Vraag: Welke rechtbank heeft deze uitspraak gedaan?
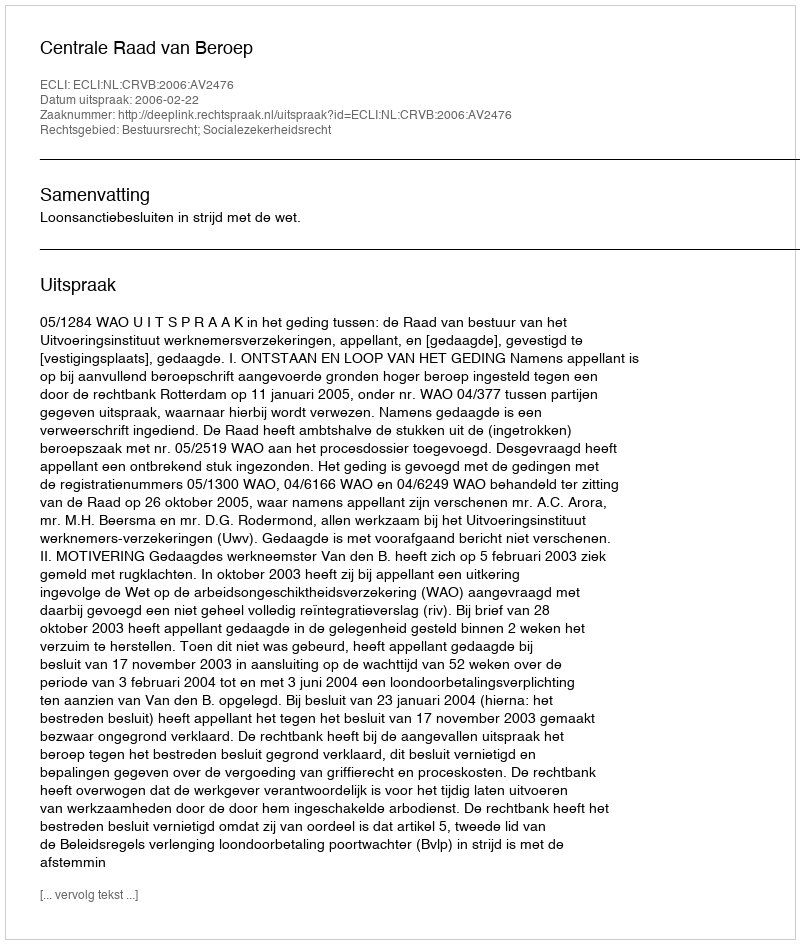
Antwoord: Centrale Raad van Beroep